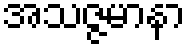
အသဇ္ဇမာနာ